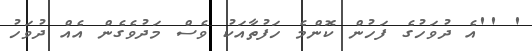
' ''އެ ދުވަހުގެ ފަހުން ކޮންމެ ހަފުތާއަކު ވެސް މަދުވެގެން އެއް ދުވަހު